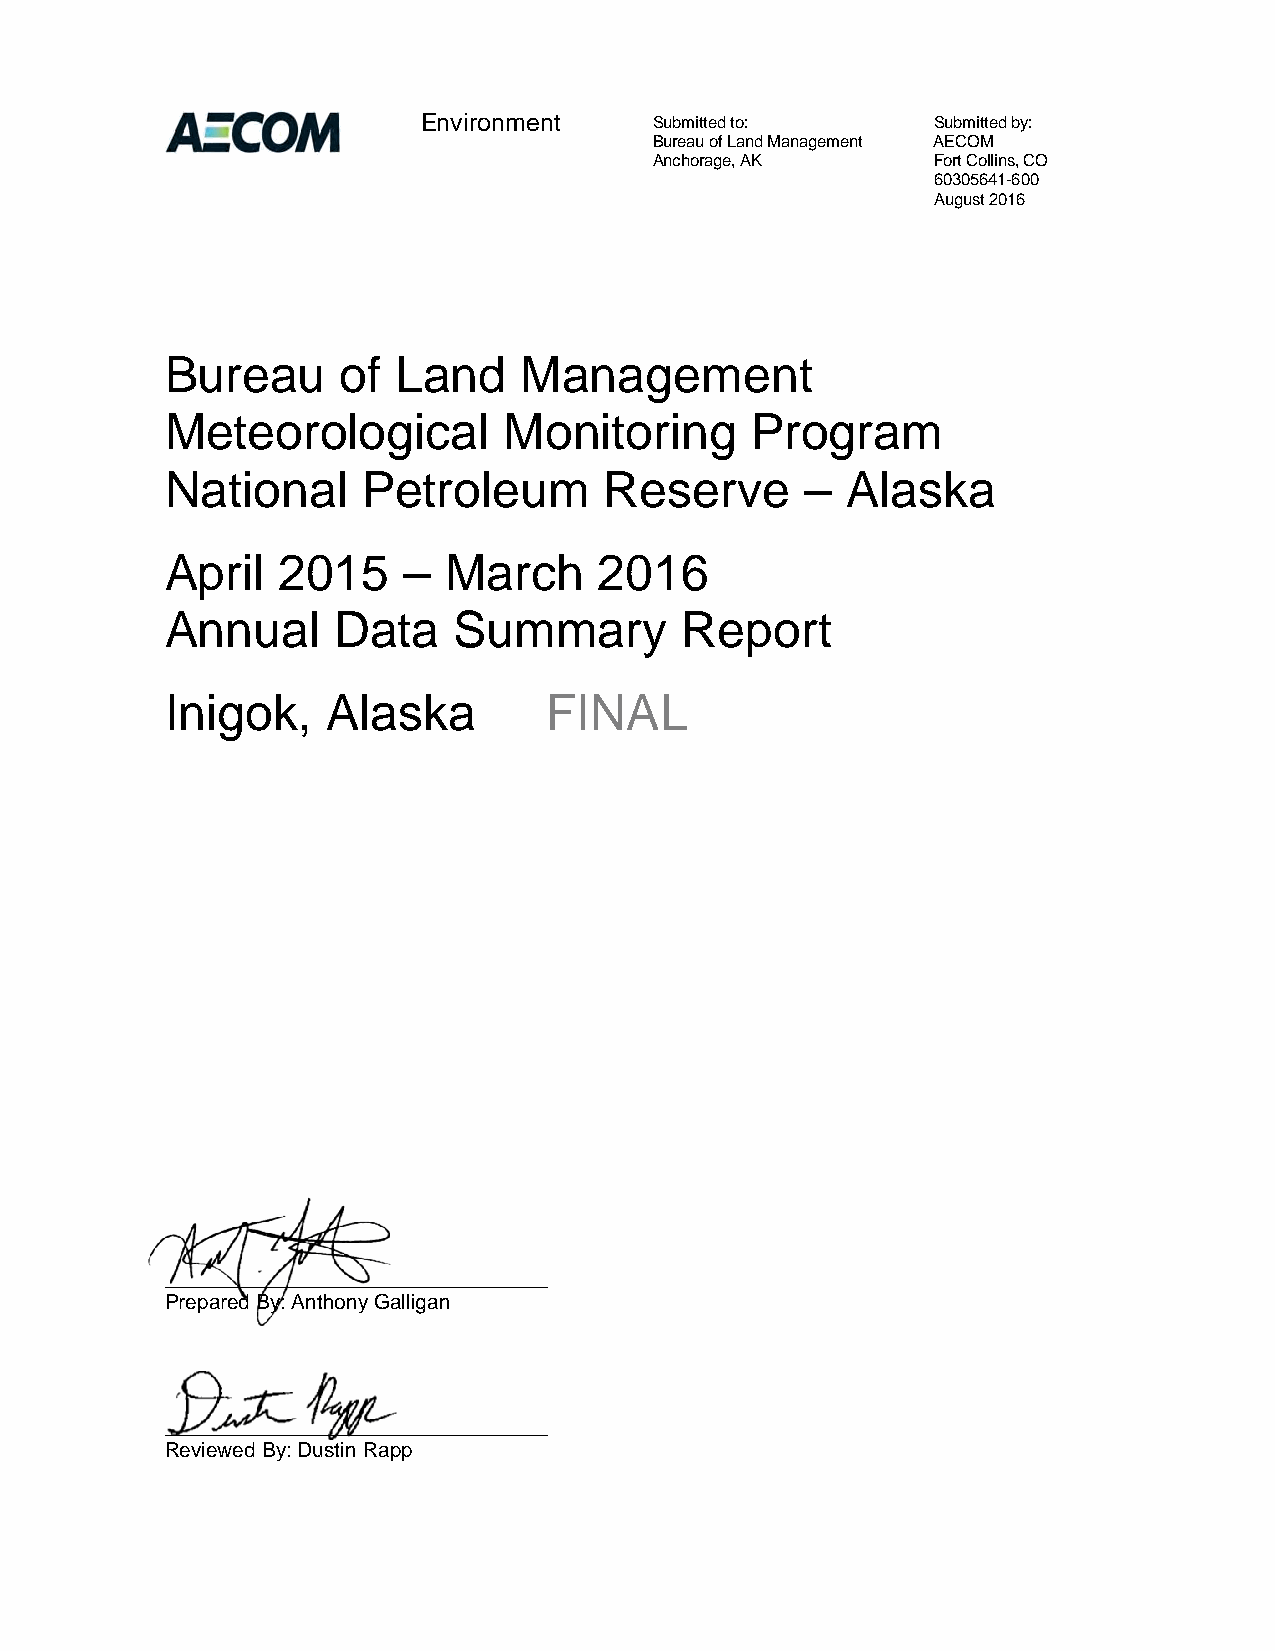
Environment    Submitted to:      Submitted by:
 Bureau of Land Management AECOM
 Anchorage, AK      Fort Collins, CO
 60305641-600
 August 2016
 Bureau      of Land    Management
 Meteorological        Monitoring       Program
 National     Petroleum       Reserve      –  Alaska
 April  2015     –  March     2016
 Annual     Data    Summary        Report
 Inigok,    Alaska        FINAL
 _________________________________
 Prepared By: Anthony Galligan
 _________________________________
 Reviewed By: Dustin Rapp